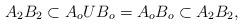
LaTeX: \begin{align*}A_2 B_2 \subset A_o U B_o = A_o B_o \subset A_2 B_2,\end{align*}